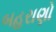
બહરાણો